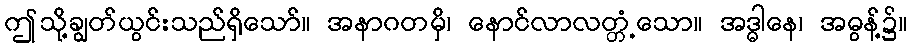
ဤသို့ချွတ်ယွင်းသည်ရှိသော်။ အနာဂတမှိ၊ နောင်လာလတ္တံ့သော။ အဒ္ဓါနေ၊ အဓွန့်၌။